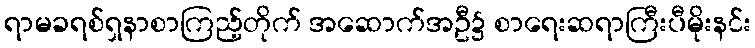
ရာမခရစ်ရှနာစာကြည့်တိုက် အဆောက်အဦ၌ စာရေးဆရာကြီးပီမိုးနင်း